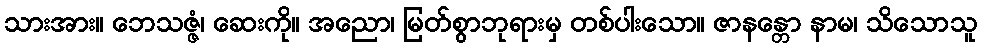
သားအား။ ဘေသဇ္ဇံ၊ ဆေးကို။ အညော၊ မြတ်စွာဘုရားမှ တစ်ပါးသော။ ဇာနန္တော နာမ၊ သိသောသူ